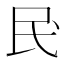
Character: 𫞖